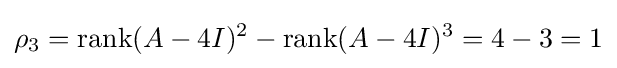
\rho _{3}=\operatorname {rank} (A-4I)^{2}-\operatorname {rank} (A-4I)^{3}=4-3=1